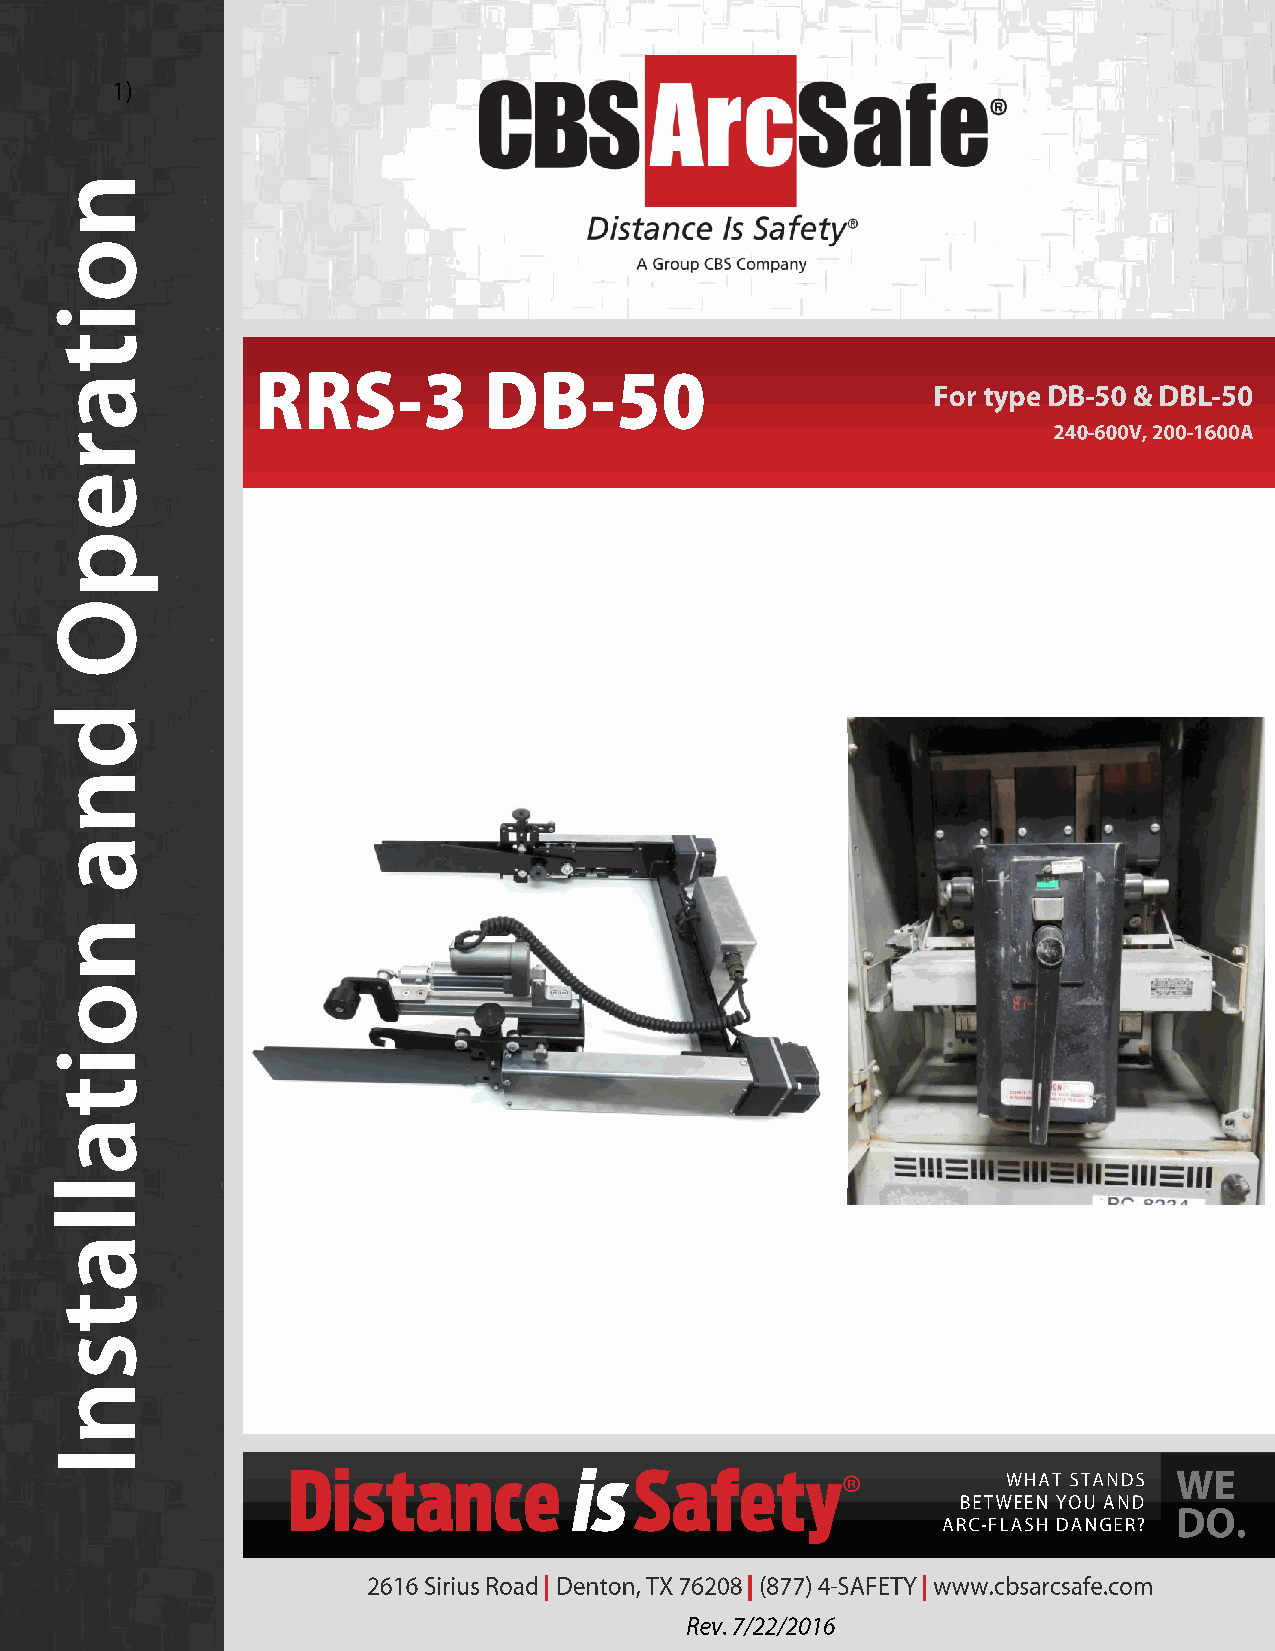
Published and distributed by:
 CBS ArcSafe®
 2616 Sirius Road
 Denton, Texas 76208
 A division of:
 GroupCBS, Inc.®
 P.O. Box 1557
 Gainesville, Texas 76241
 Copyright CBS ArcSafe® 2013
 Printed in the United States of America
 Reproduction, adaptation, or translation without prior written permission is prohibited except as is allowed by law.